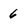
Character: 6